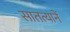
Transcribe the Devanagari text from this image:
सातत्यानें